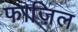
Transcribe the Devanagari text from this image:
फाज़िल